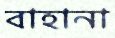
বাহানা